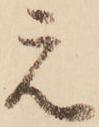
え